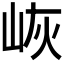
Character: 𱛠